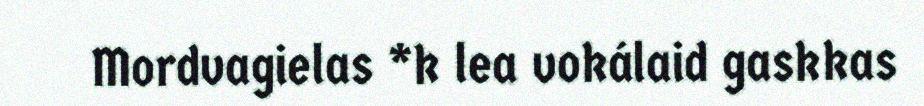
Mordvagielas *k lea vokálaid gaskkas